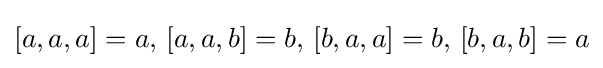
[a,a,a]=a,\,[a,a,b]=b,\,[b,a,a]=b,\,[b,a,b]=a